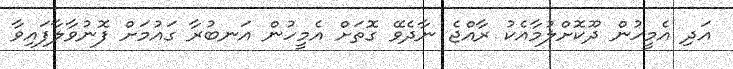
އަދި އެމީހުން ދޫކޮށްލުމާއެކު ރާއްޖެ ނާދެވޭ ގޮތަށް އެމީހުން އަނބުރާ ގައުމަށް ފޮނުވާލާފައިވާ